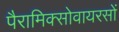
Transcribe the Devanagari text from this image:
पैरामिक्सोवायरसों